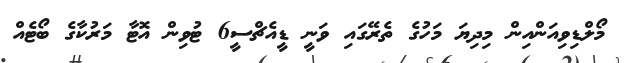
މޯލްޑިވިއަންއިން މިދިޔަ މަހުގެ ތެރޭގައި ވަނީ ޑީއެޗްސީ6 ޓުވިން އޮޓާ މަރުކާގެ ބޯޓެއް